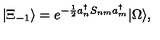
| \Xi _ { - 1 } \rangle = e ^ { - \frac { 1 } { 2 } a _ { n } ^ { \dagger } S _ { n m } a _ { m } ^ { \dagger } } | \Omega \rangle ,